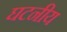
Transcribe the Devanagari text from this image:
घटनीय